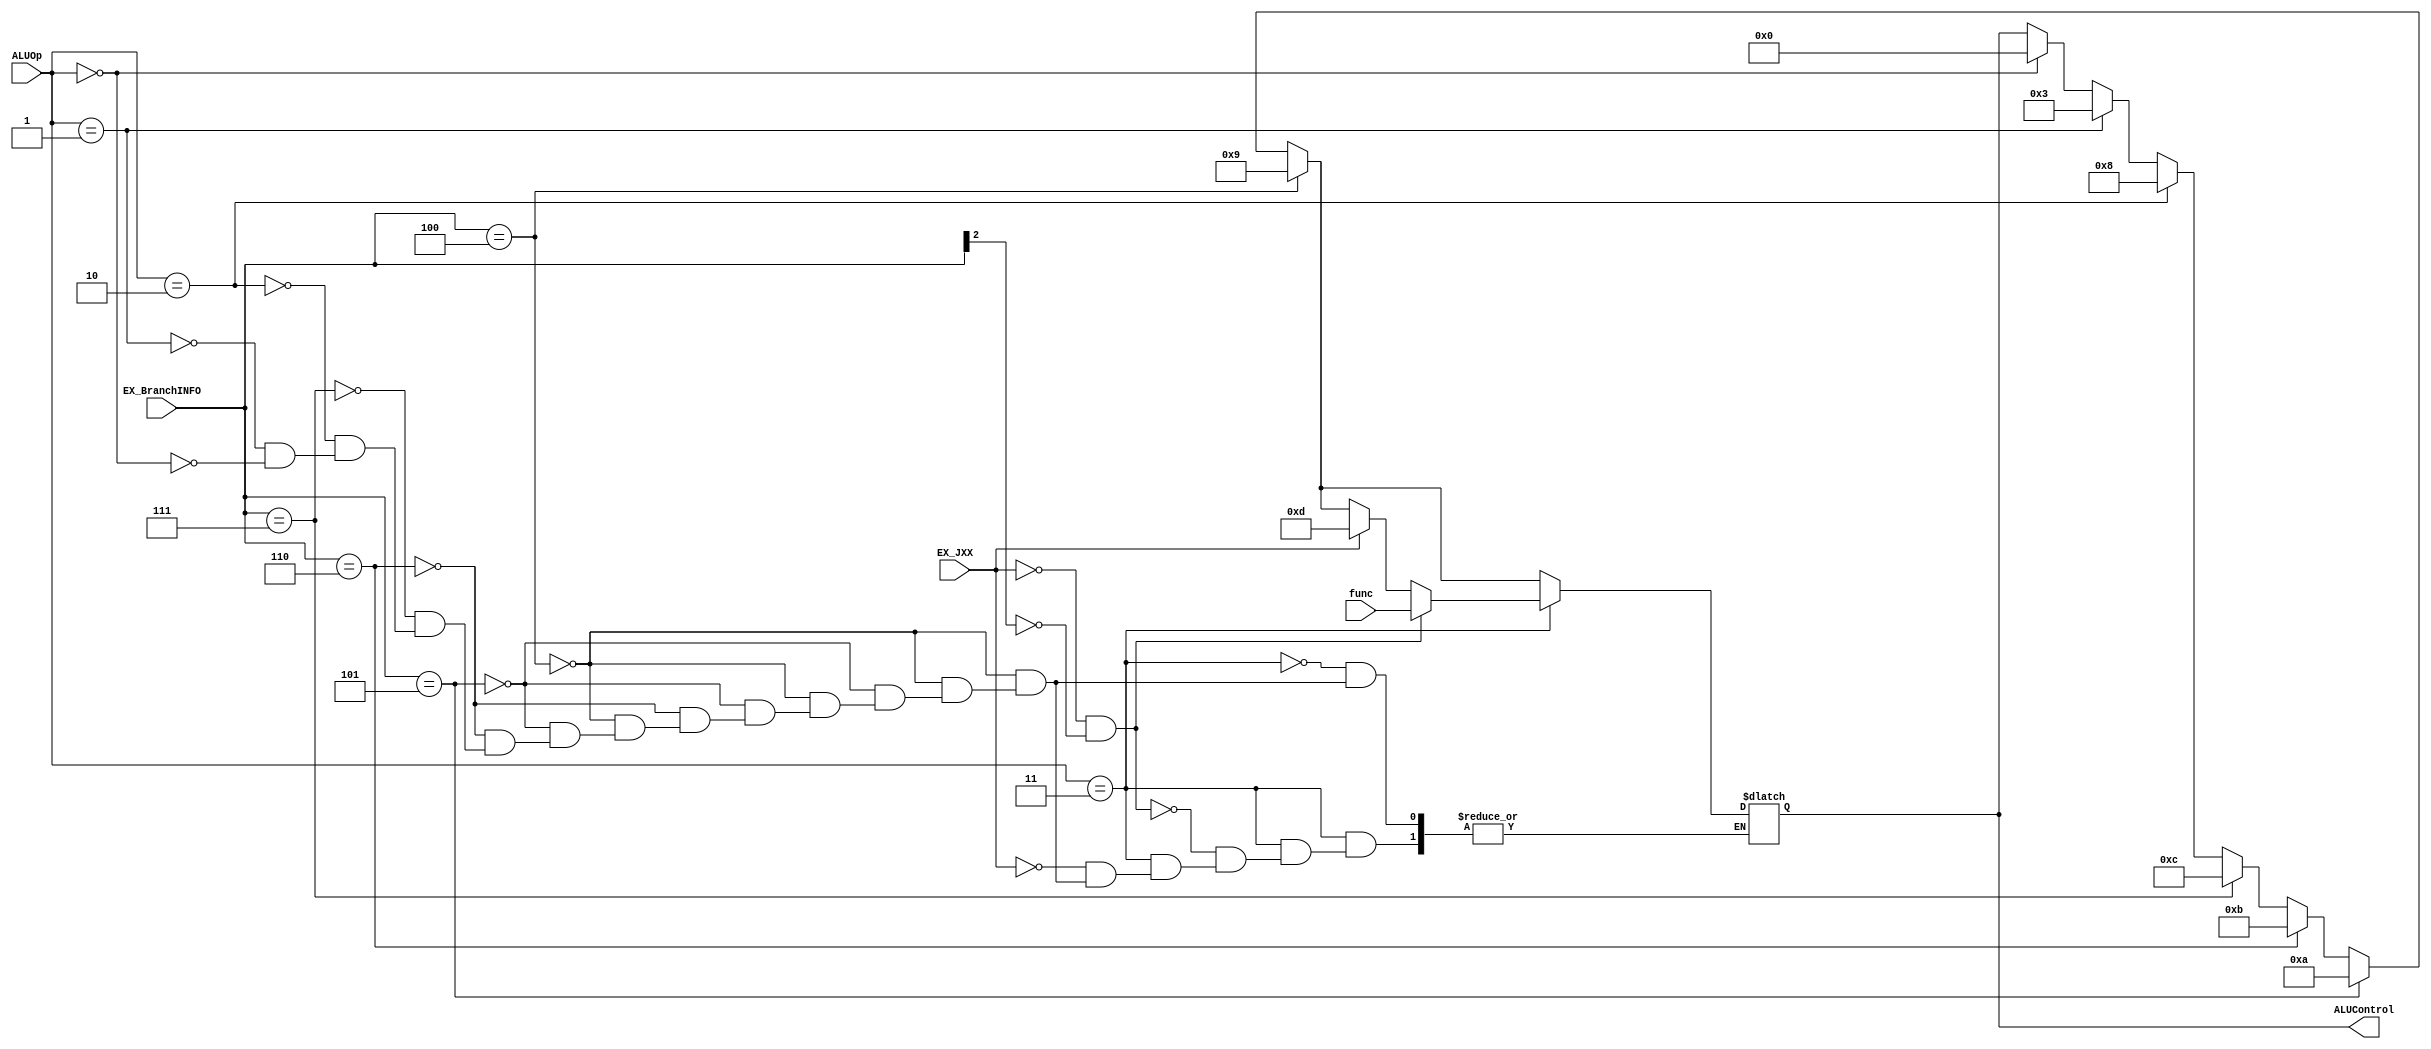
module ALUControlUnit(EX_BranchINFO, EX_JXX, ALUOp, func, ALUControl);

  input wire [1:0] ALUOp;
  input wire [5:0] func;
  input [2:0] EX_BranchINFO;
  input EX_JXX;

  output reg [5:0] ALUControl;

  always @(*) begin
    if(ALUOp == 2'b00) begin // add
      ALUControl = 6'd0;
    end
    if(ALUOp == 2'b01) begin // or
      ALUControl = 6'd3;
    end
    if(ALUOp == 2'b10) begin // lhi
      ALUControl = 6'd8;
    end
    //Bxx
    if(EX_BranchINFO == 3'b100) begin
      ALUControl = 6'd9;
    end
    else if(EX_BranchINFO == 3'b101) begin
      ALUControl = 6'd10;
    end
    else if(EX_BranchINFO == 3'b110) begin
      ALUControl = 6'd11;
    end
    else if(EX_BranchINFO == 3'b111) begin
      ALUControl = 6'd12;
    end      
    if(ALUOp == 2'b11) begin // R type
      if(EX_JXX) begin //JAL, JRL, JPR
        ALUControl = 6'd13;
      end
      if(!EX_JXX && !EX_BranchINFO[2]) begin
        ALUControl = func;
      end
    end
  end
endmodule